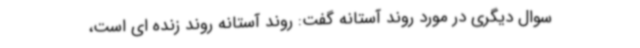
سوال دیگری در مورد روند آستانه گفت: روند آستانه روند زنده ای است،